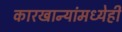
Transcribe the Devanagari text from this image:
कारखान्यांमध्येही